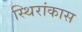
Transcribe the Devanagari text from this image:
स्थिरांकास